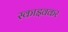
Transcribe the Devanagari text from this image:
स्काइवकर